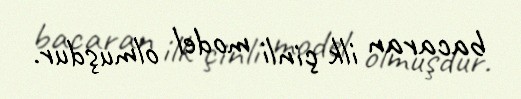
bacaran ilk çinli model olmuşdur.